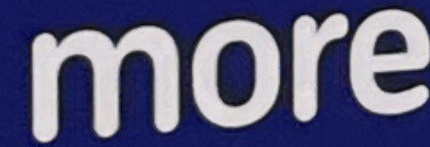
more